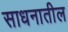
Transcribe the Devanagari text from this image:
साधनातील